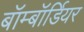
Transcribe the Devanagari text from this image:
बॉम्बॉर्डियर